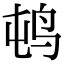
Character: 𲍭